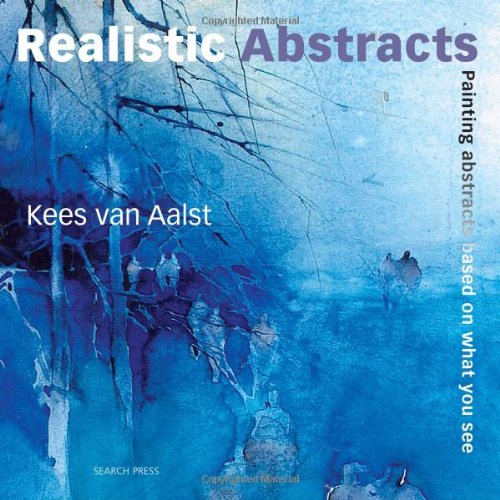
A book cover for Realistic Abstracts: Painting Abstracts Based on What You See; Kees Van Aalst; Arts & Photography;